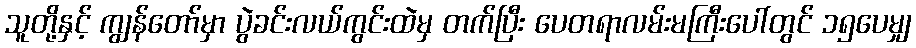
သူတို့နှင့် ကျွန်တော်မှာ ပွဲခင်းလယ်ကွင်းထဲမှ တက်ပြီး ပေတရာလမ်းမကြီးပေါ်တွင် ၁၅ပေမျှ